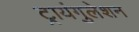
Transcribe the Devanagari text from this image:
ट्रायंगुलेशन